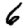
Digit: 6